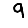
Digit: 9